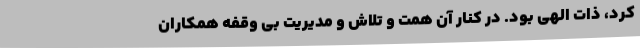
کرد، ذات الهی بود. در کنار آن همت و تلاش و مدیریت بی وقفه همکاران